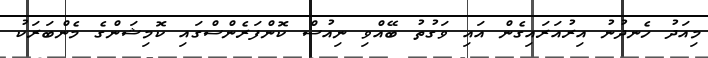
މިއަދު ހެނދުނު އިރުއަރައިގެން އައި ވަގުތު ބޭއްވި ނިއުސް ކޮންފަރެންސްގައި ކޮމިޝަންގެ މެންބަރަކު